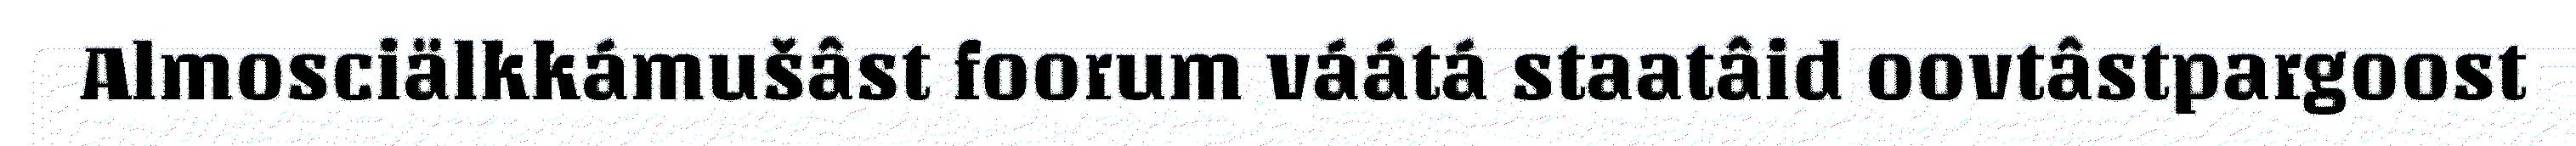
Almosciälkkámušâst foorum váátá staatâid oovtâstpargoost